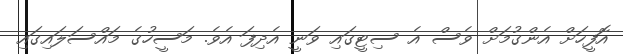
އޮފީހަށް އެންގުމަށް ވެސް އެ ސިޓީގައި ވަނީ އެދިފަ އެވެ. މަސީހުގެ މައްސަލައިގައި